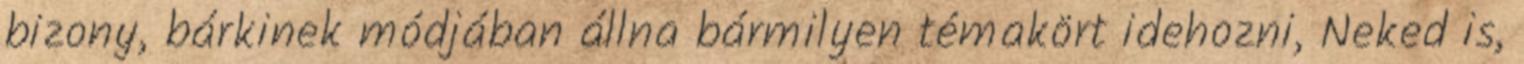
bizony, bárkinek módjában állna bármilyen témakört idehozni, Neked is,